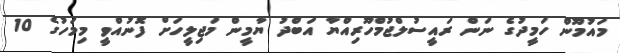
މައުމޫން ހަމީދުގެ ނަން ރައީސުލްޖުމްހޫރިއްޔާ އަބްދު ޔާމީން މަޖިލީހަށް ފޮނުއްވީ މިމަހުގެ 10